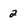
Character: 2